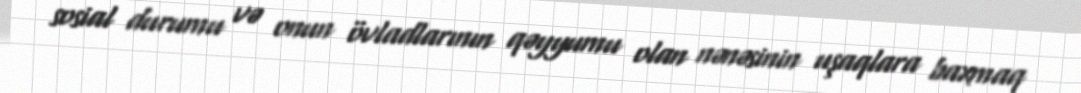
sosial durumu və onun övladlarının qəyyumu olan nənəsinin uşaqlara baxmaq